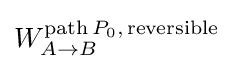
W_{A\to B}^{\mathrm {path} \,P_{0},\,\mathrm {reversible} }